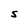
Character: S